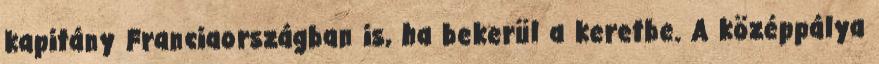
kapitány Franciaországban is, ha bekerül a keretbe. A középpálya